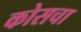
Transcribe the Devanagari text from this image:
कोसचा